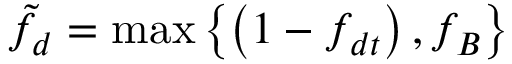
\tilde { f } _ { d } = \operatorname* { m a x } \left\{ \left( 1 - f _ { d t } \right) , f _ { B } \right\}